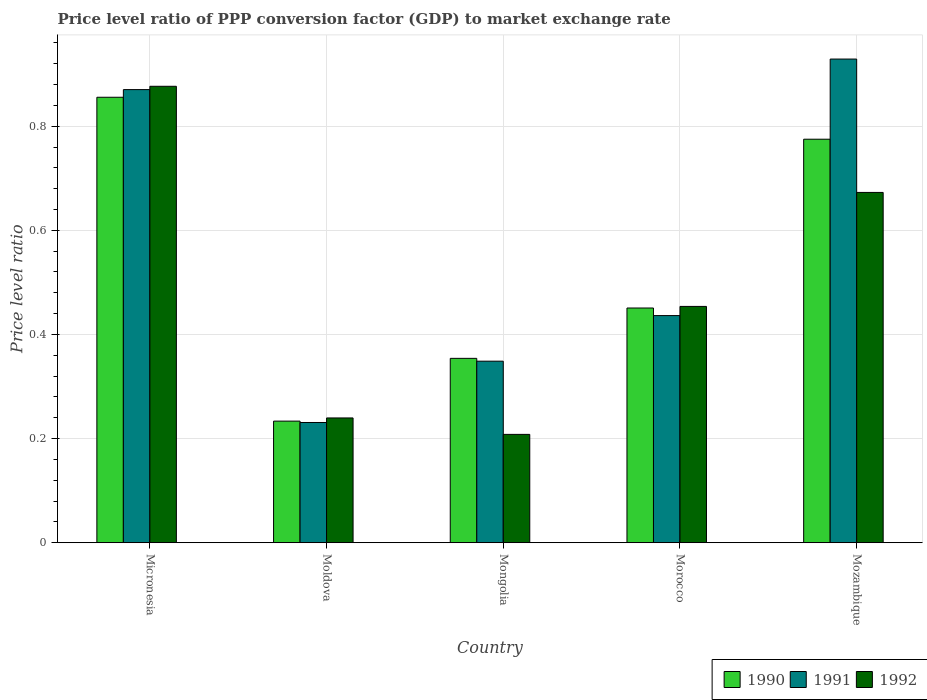
| Country | 1990 | 1991 | 1992 |
 | --- | --- | --- | --- |
 | Micronesia | 0.856 | 0.87 | 0.877 |
 | Moldova | 0.234 | 0.231 | 0.24 |
 | Mongolia | 0.354 | 0.349 | 0.208 |
 | Morocco | 0.451 | 0.436 | 0.454 |
 | Mozambique | 0.775 | 0.929 | 0.673 |